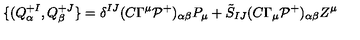
\{ ( Q _ { \alpha } ^ { + I } , Q _ { \beta } ^ { + J } \} = \delta ^ { I J } ( C \Gamma ^ { \mu } { \cal P } ^ { + } ) _ { \alpha \beta } P _ { \mu } + \tilde { S } _ { I J } ( C \Gamma _ { \mu } { \cal P } ^ { + } ) _ { \alpha \beta } Z ^ { \mu }